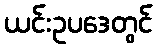
ယင်းဥပဒေတွင်